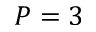
P = 3